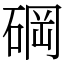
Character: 碙